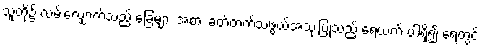
သူတို့၌ လမ်းလျှောက်သည့် ခြေများ အစား ခတ်တက်သဖွယ်အသုံးပြုသည့် ရေယက် ပါရှိ၍ ရေတွင်